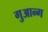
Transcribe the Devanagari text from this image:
गुआन्ग